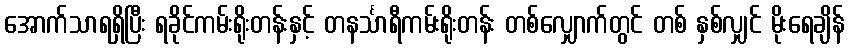
အောက်သာရရှိပြီး ရခိုင်ကမ်းရိုးတန်းနှင့် တနင်္သာရီကမ်းရိုးတန်း တစ်လျှောက်တွင် တစ် နှစ်လျှင် မိုးရေချိန်